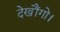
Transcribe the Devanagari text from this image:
देखौंगो।